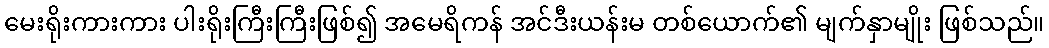
မေးရိုးကားကား ပါးရိုးကြီးကြီးဖြစ်၍ အမေရိကန် အင်ဒီးယန်းမ တစ်ယောက်၏ မျက်နှာမျိုး ဖြစ်သည်။